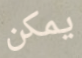
يمكن